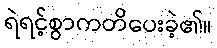
ရဲရင့်စွာကတိပေးခဲ့၏။